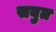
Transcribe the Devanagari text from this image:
सबुत